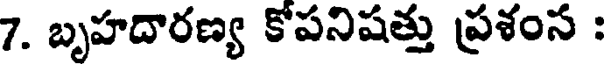
7. బృహదారణ్య కోపనిషత్తు ప్రశంన :